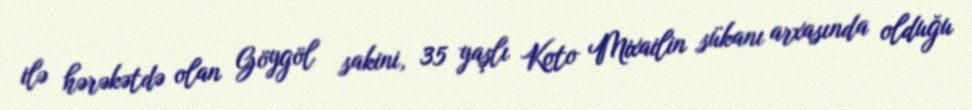
ilə hərəkətdə olan Göygöl sakini, 35 yaşlı Koto Mixailin sükanı arxasında olduğu